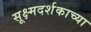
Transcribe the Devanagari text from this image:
सूक्ष्मदर्शकाच्या